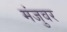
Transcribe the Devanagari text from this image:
मंजुवर